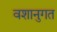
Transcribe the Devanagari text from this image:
वशानुगत